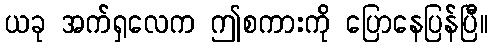
ယခု အက်ရှလေက ဤစကားကို ပြောနေပြန်ပြီ။